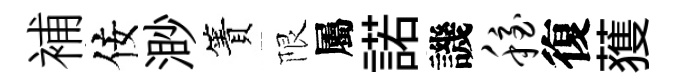
補佞渺簀限屬諾譏稳復𫉬